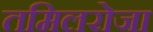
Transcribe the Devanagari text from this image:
तमिलरोजा